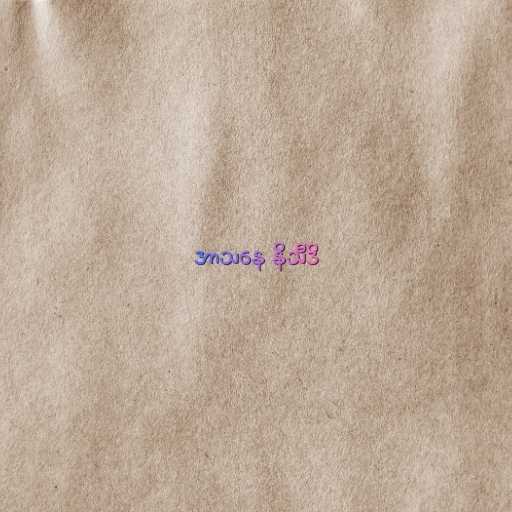
အာသနေ နိသီဒိ